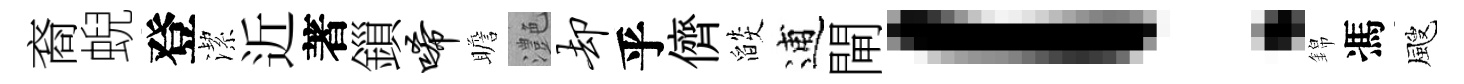
裔蜺登潔近著鎻唏瞻灔却乎儕燄逋閘！錦馮颼